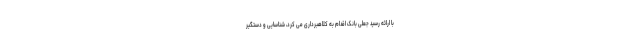
با ارائه رسید جعلی بانک اقدام به کلاهبرداری می کرد، شناسایی و دستگیر